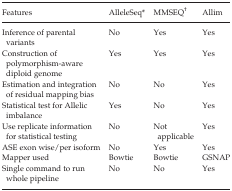
| Features | AlleleSeq* | MMSEQ† | Allim |
 | --- | --- | --- | --- |
 | Inference of parental variants | No | Yes | Yes |
 | Construction of polymorphism-aware diploid genome | Yes | Yes | Yes |
 | Estimation and integration of residual mapping bias | No | No | Yes |
 | Statistical test for Allelic imbalance | Yes | No | Yes |
 | Use replicate information for statistical testing | No | Not applicable | Yes |
 | ASE exon wise/per isoform | No | Yes | Yes |
 | Mapper used | Bowtie | Bowtie | GSNAP |
 | Single command to run whole pipeline | No | No | Yes |